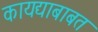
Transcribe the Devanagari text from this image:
कायद्याबाबत